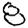
Digit: 8